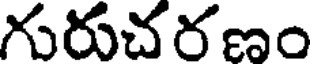
గురుచరణం